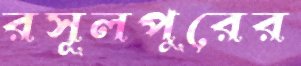
রসূলপুরের